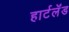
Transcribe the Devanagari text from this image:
हार्टलॅंड